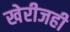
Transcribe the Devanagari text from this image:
खेरीजही